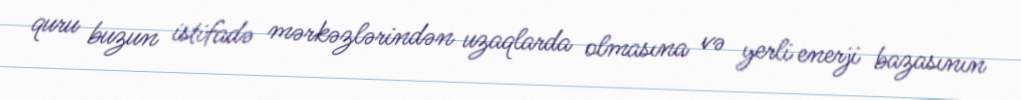
quru buzun istifadə mərkəzlərindən uzaqlarda olmasına və yerli enerji bazasının